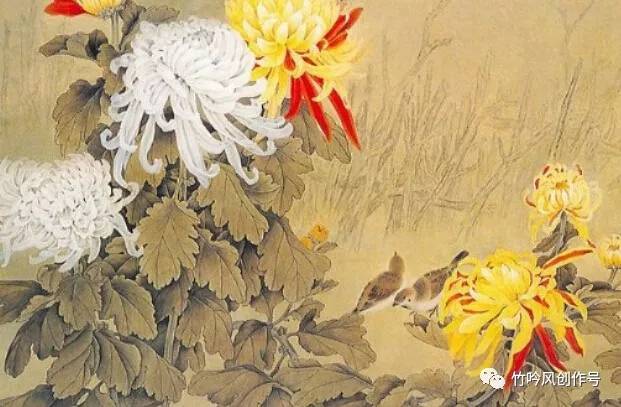
冲天香阵透长安，满城尽带黄金甲。